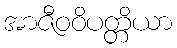
အာဇီဝဝိပတ္တိယာ